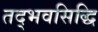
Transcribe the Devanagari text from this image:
तद्भवसिद्धि